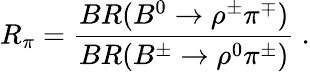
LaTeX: R_{\pi}=\frac{BR(B^{0}\rightarrow\rho^{\pm}\pi^{\mp})}{BR(B^{\pm}\rightarrow\rho^{0}\pi^{\pm})}\ .